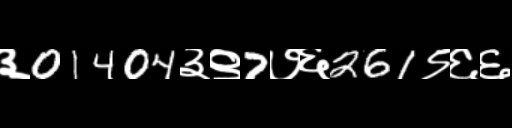
Text: ३01404३९7७६261९६६